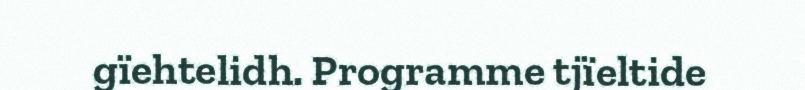
gïehtelidh. Programme tjïeltide